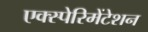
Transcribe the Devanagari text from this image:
एक्स्पेरिमेंटेशन